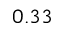
0 . 3 3